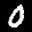
Label: 0